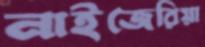
নাইজেরিয়া